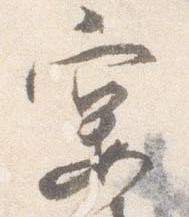
宴